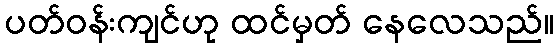
ပတ်ဝန်းကျင်ဟု ထင်မှတ် နေလေသည်။